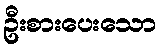
ဦးစားပေးသော